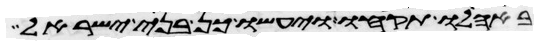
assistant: באהלו תקחו ויעשו כן בני ישראל